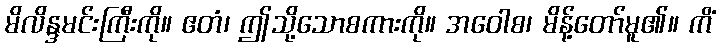
မိလိန္ဒမင်းကြီးကို။ ဧတံ၊ ဤသို့သောစကားကို။ အဝေါစ၊ မိန့်တော်မူ၏။ ကိံ